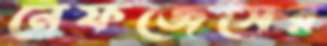
নেফজেসের